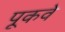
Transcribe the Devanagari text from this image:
पूकवे